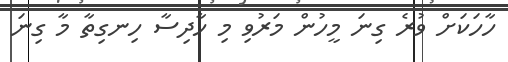
ހާހަކަށް ވުރެ ގިނަ މީހުން މަރުވި މި ހާދިސާ ހިނގިތާ މާ ގިނަ